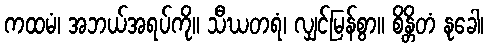
ကထမံ၊ အဘယ်အရပ်ကို။ သီဃတရံ၊ လျှင်မြန်စွာ။ စိန္တိတံ နုခေါ၊